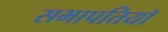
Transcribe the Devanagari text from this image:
सभापतियॉ